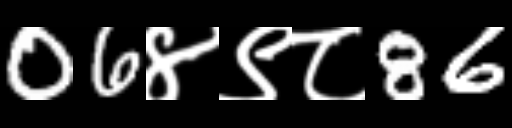
Text: 06४९८86